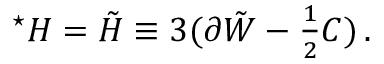
{ } ^ { \star } { \cal H } = \tilde { \cal H } \equiv 3 ( \partial \tilde { W } - { \textstyle \frac { 1 } { 2 } } C ) \, .